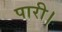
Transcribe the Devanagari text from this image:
पारी।